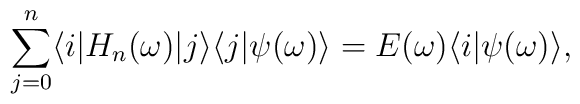
\sum_{j=0}^n \langle i|H_n(\omega)|j\rangle\langle j|\psi(\omega)\rangle=E(\omega)\langle i|\psi(\omega)\rangle,